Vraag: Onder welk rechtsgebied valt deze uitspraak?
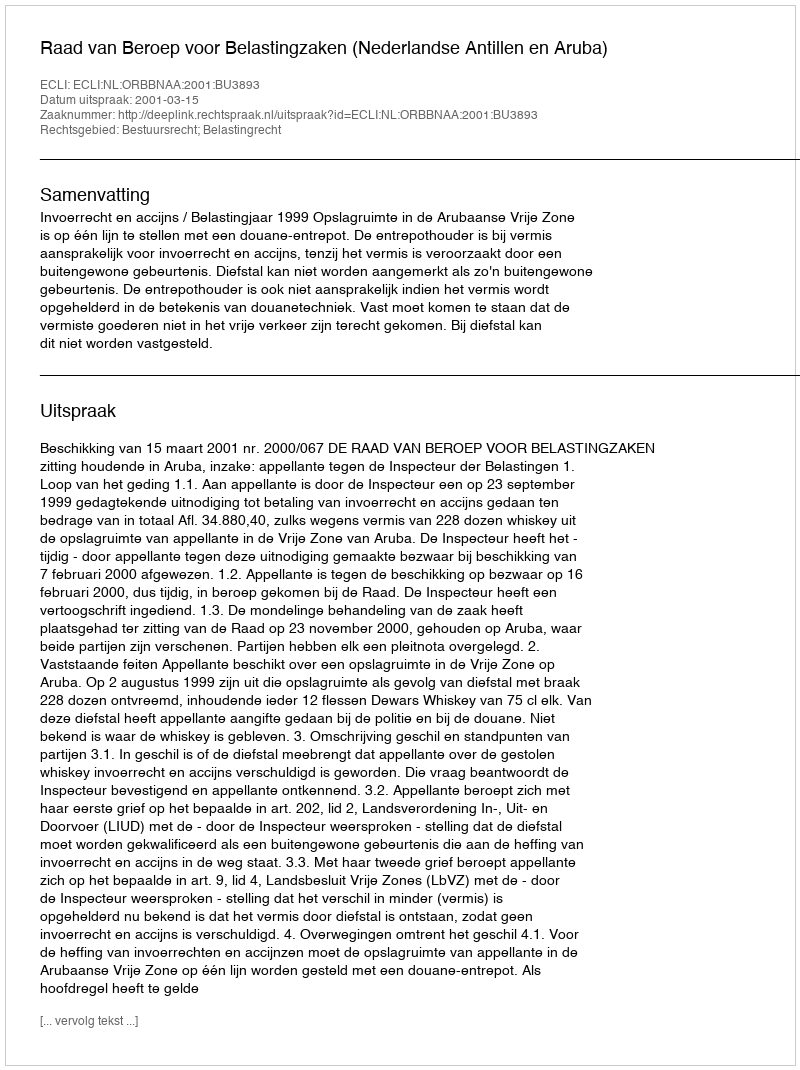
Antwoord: Bestuursrecht; Belastingrecht